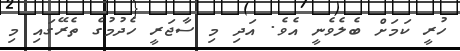
ހުރީ ކަމަށް ބެލެވެނީ އެވެ. އަދި މި ސާޖަރީ ހެދުމުގެ ތެރޭގައި މި